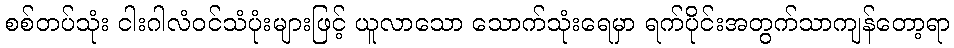
စစ်တပ်သုံး ငါးဂါလံဝင်သံပုံးများဖြင့် ယူလာသော သောက်သုံးရေမှာ ရက်ပိုင်းအတွက်သာကျန်တော့ရာ